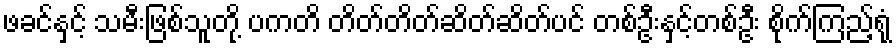
ဖခင်နှင့် သမီးဖြစ်သူတို့ ပကတိ တိတ်တိတ်ဆိတ်ဆိတ်ပင် တစ်ဦးနှင့်တစ်ဦး စိုက်ကြည့်ရုံ